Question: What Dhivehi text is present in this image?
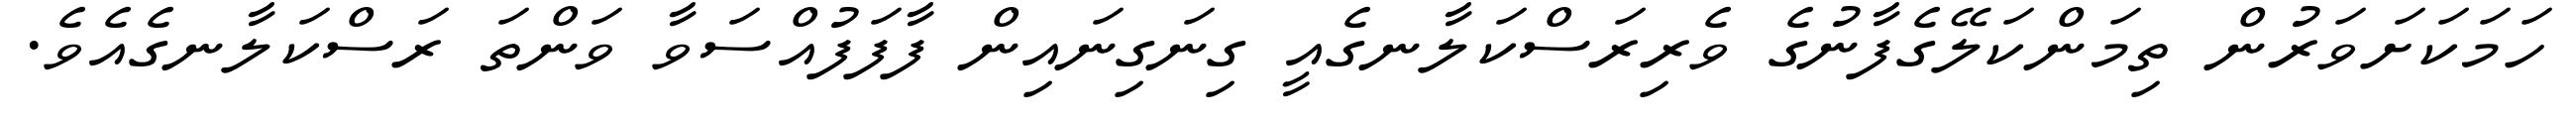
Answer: ހަމަކަށަވަރުން ތިމަންކަލޭގެފާނުގެ ވެރިރަސްކަލާނގެއީ ގިނަގިނައިން ފާފަފުއްސަވާ ވަންތަ ރަސްކަލާނގެއެވެ.